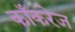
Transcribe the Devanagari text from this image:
काँकरेज